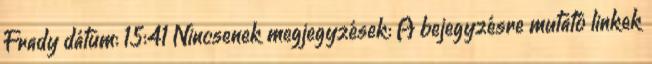
Frady dátum: 15:41 Nincsenek megjegyzések: A bejegyzésre mutató linkek